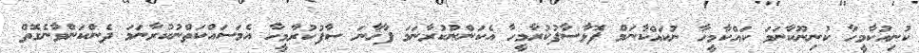
ކުނިއުކާމީހާ ކުނިނޫކާނަމަ ކައްކާމީހާ ނުކައްކާނަމް ފޮޅާސާފުކުރާމީހާ އެކަންނުކުރާނަމަ ފާޚާނަ ސާފުކުރާމީހާ އެމަސައްކަތްނުކުރާނަމަ ދެންކަންވާނެގޮތް